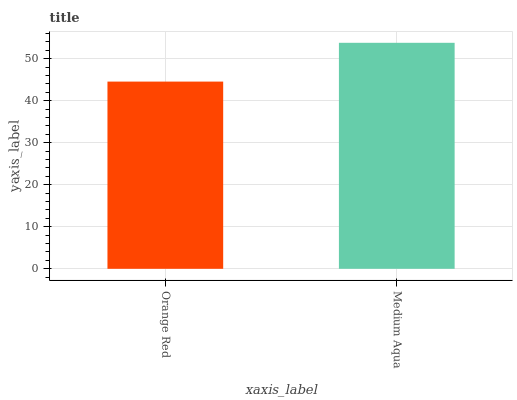
| xaxis_label | bars |
 | --- | --- |
 | Orange Red | 44.5 |
 | Medium Aqua | 53.8 |